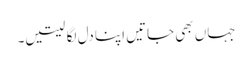
جہاں بھی جاتیں اپنا دل لگا لیتیں۔